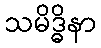
သမိဒ္ဓိနာ